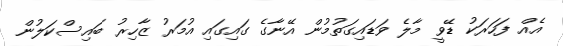
އެއް ފަހަރަކު ޑޭވީ މާލެ ވަޑައިގަތުމުން އޭނާގެ ގައިގައި އުމަރު ޒާހިރު ބައިސްކަލުން